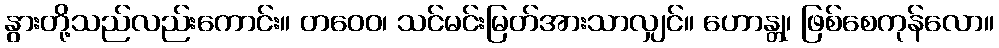
နွားတို့သည်လည်းကောင်း။ တဝေဝ၊ သင်မင်းမြတ်အားသာလျှင်။ ဟောန္တု၊ ဖြစ်စေကုန်လော။